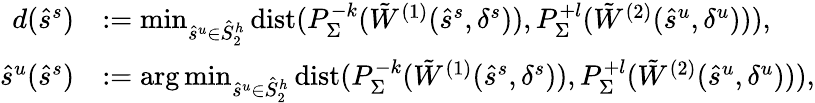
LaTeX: \begin{array}{rl}{d(\hat{s}^{s})}&{:=\operatorname*{min}_{\hat{s}^{u}\in\hat{S}_{2}^{h}}\mathrm{dist}(P_{\Sigma}^{-k}({\tilde{W}}^{(1)}(\hat{s}^{s},\delta^{s})),P_{\Sigma}^{+l}({\tilde{W}}^{(2)}(\hat{s}^{u},\delta^{u}))),}\\ {\hat{s}^{u}(\hat{s}^{s})}&{:=\arg\operatorname*{min}_{\hat{s}^{u}\in\hat{S}_{2}^{h}}\mathrm{dist}(P_{\Sigma}^{-k}({\tilde{W}}^{(1)}(\hat{s}^{s},\delta^{s})),P_{\Sigma}^{+l}({\tilde{W}}^{(2)}(\hat{s}^{u},\delta^{u}))),}\end{array}